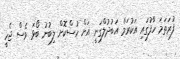
ފުރަތަމަ ހާފުގައި އަކުރަމް އަބުދުލްގަނީ އަށް ހުސްކޮށް ލިބުނު ބޯޅަ ވެސް ޖެހީ